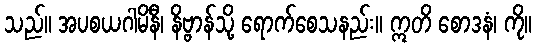
သည်။ အပစယဂါမိနီ၊ နိဗ္ဗာန်သို့ ရောက်စေသနည်း။ ဣတိ စောဒနံ၊ ကို။